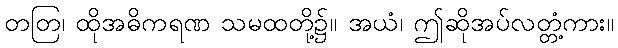
တတြ၊ ထိုအဓိကရဏ သမထတို့၌။ အယံ၊ ဤဆိုအပ်လတ္တံ့ကား။